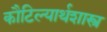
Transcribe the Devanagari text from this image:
कौटिल्यार्थशास्त्र